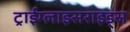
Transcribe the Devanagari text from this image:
ट्राईग्लाइसराइड्स